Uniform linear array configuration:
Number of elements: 48
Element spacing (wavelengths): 1
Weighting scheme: cosine
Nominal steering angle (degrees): -45
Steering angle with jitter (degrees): -45.686
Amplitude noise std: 0.05
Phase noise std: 0.05

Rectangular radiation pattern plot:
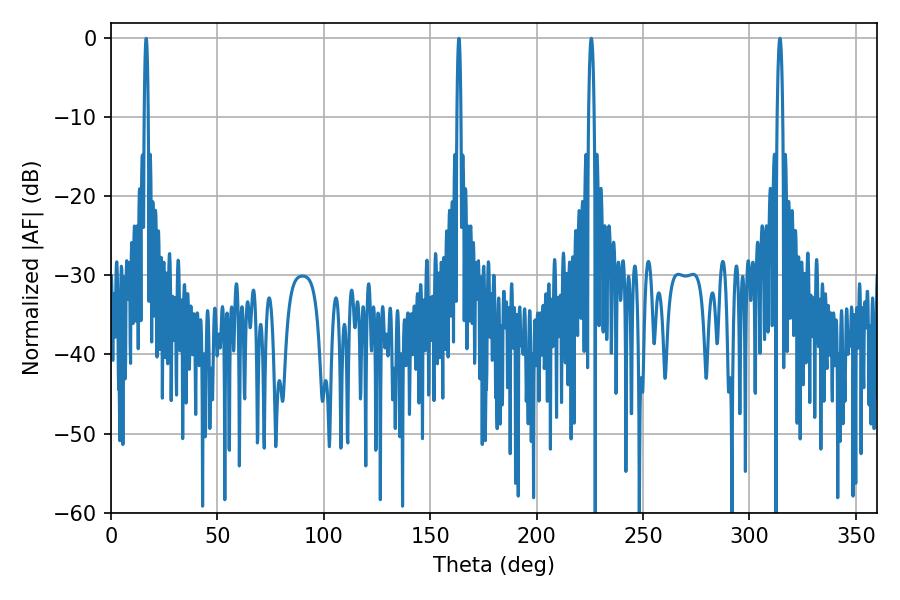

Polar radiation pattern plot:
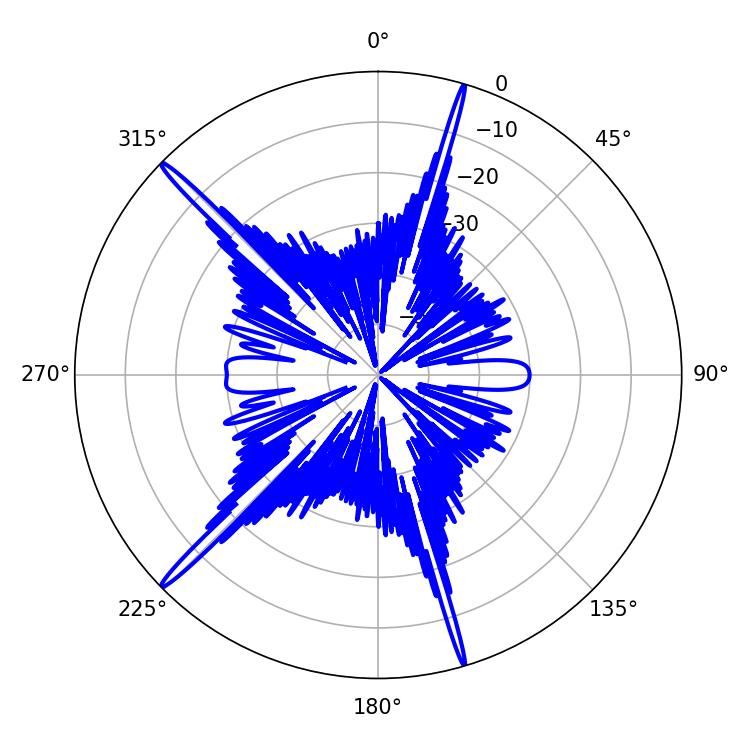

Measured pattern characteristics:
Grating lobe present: TRUE
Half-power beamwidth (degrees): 1.44
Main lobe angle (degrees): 225.72